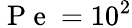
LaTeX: \mathrm{~P~e~}=10^{2}